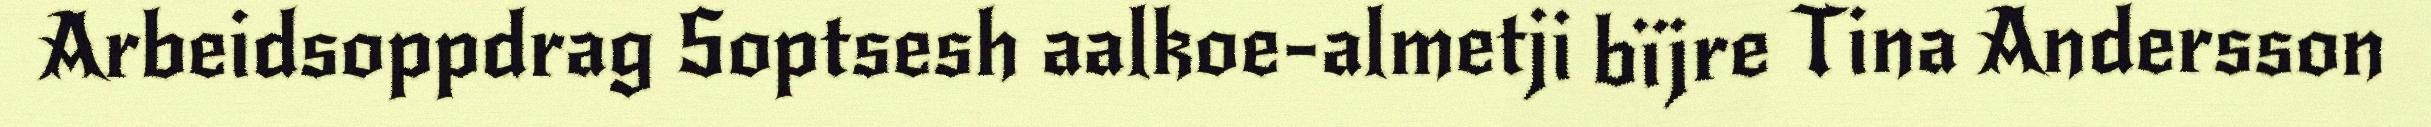
Arbeidsoppdrag Soptsesh aalkoe-almetji bïjre Tina Andersson